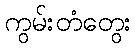
ကွမ်းတံတွေး